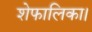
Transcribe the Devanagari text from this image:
शेफालिका।